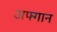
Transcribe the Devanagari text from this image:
अफ्गान